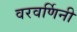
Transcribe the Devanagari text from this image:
वरवर्णिनी